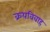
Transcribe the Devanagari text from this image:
क्रयविवाह